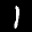
Label: 1